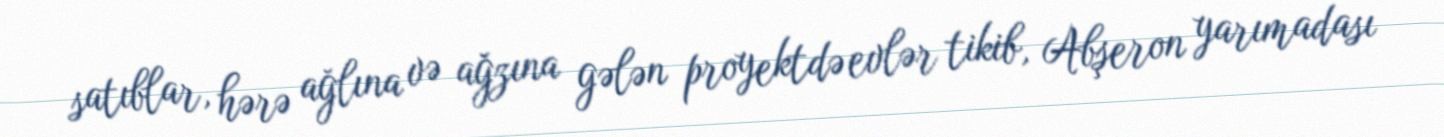
satıblar, hərə ağlına və ağzına gələn proyektdə evlər tikib, Abşeron yarımadası